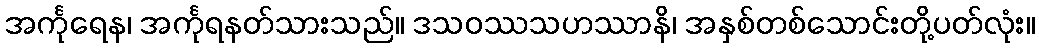
အင်္ကုရေန၊ အင်္ကုရနတ်သားသည်။ ဒသဝဿသဟဿာနိ၊ အနှစ်တစ်သောင်းတို့ပတ်လုံး။